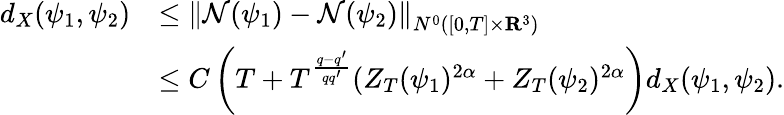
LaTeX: \begin{array}{rl}{d_{X}(\psi_{1},\psi_{2})}&{\leq\left\| \mathcal{N}(\psi_{1})-\mathcal{N}(\psi_{2})\right\| _{N^{0}([0,T]\times{\mathbf R}^{3})}}\\ &{\leq C\left(T+T^{\frac{q-q^{\prime}}{qq^{\prime}}}(Z_{T}(\psi_{1})^{2\alpha}+Z_{T}(\psi_{2})^{2\alpha}\right)d_{X}(\psi_{1},\psi_{2}).}\end{array}